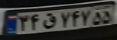
۳۴ق۷۴۷۵۵